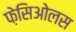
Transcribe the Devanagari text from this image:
फ़ेसिओलस